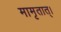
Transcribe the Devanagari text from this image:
मामृतात्‌।